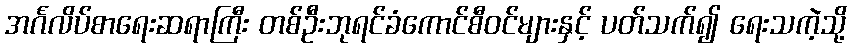
အင်္ဂလိပ်စာရေးဆရာကြီး တစ်ဦးဘုရင်ခံကောင်စီဝင်များနှင့် ပတ်သက်၍ ရေးသကဲ့သို့